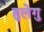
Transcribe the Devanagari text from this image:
हुलेगु